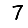
Digit: 7